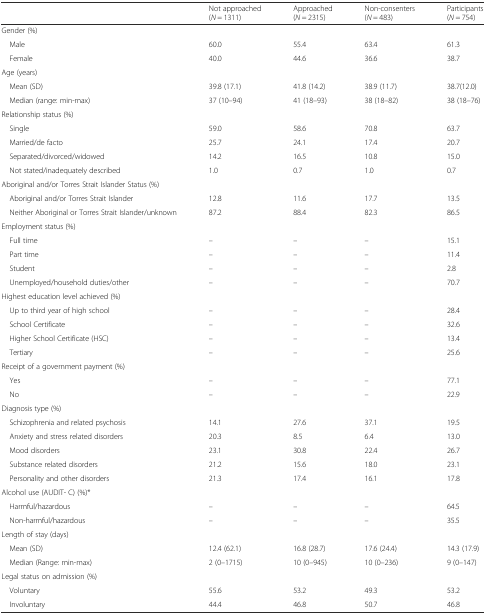
<table><thead><tr><td></td><td><b>Not approached (<i>N</i> = 1311)</b></td><td><b>Approached (<i>N</i> = 2315)</b></td><td><b>Non-consenters (<i>N</i> = 483)</b></td><td><b>Participants (<i>N</i> = 754)</b></td></tr></thead><tbody><tr><td colspan="5">Gender (%)</td></tr><tr><td> Male</td><td>60.0</td><td>55.4</td><td>63.4</td><td>61.3</td></tr><tr><td> Female</td><td>40.0</td><td>44.6</td><td>36.6</td><td>38.7</td></tr><tr><td colspan="5">Age (years)</td></tr><tr><td> Mean (SD)</td><td>39.8 (17.1)</td><td>41.8 (14.2)</td><td>38.9 (11.7)</td><td>38.7(12.0)</td></tr><tr><td> Median (range: min-max)</td><td>37 (10–94)</td><td>41 (18–93)</td><td>38 (18–82)</td><td>38 (18–76)</td></tr><tr><td colspan="5">Relationship status (%)</td></tr><tr><td> Single</td><td>59.0</td><td>58.6</td><td>70.8</td><td>63.7</td></tr><tr><td> Married/de facto</td><td>25.7</td><td>24.1</td><td>17.4</td><td>20.7</td></tr><tr><td> Separated/divorced/widowed</td><td>14.2</td><td>16.5</td><td>10.8</td><td>15.0</td></tr><tr><td> Not stated/inadequately described</td><td>1.0</td><td>0.7</td><td>1.0</td><td>0.7</td></tr><tr><td colspan="5">Aboriginal and/or Torres Strait Islander Status (%)</td></tr><tr><td> Aboriginal and/or Torres Strait Islander</td><td>12.8</td><td>11.6</td><td>17.7</td><td>13.5</td></tr><tr><td> Neither Aboriginal or Torres Strait Islander/unknown</td><td>87.2</td><td>88.4</td><td>82.3</td><td>86.5</td></tr><tr><td colspan="5">Employment status (%)</td></tr><tr><td> Full time</td><td>–</td><td>–</td><td>–</td><td>15.1</td></tr><tr><td> Part time</td><td>–</td><td>–</td><td>–</td><td>11.4</td></tr><tr><td> Student</td><td>–</td><td>–</td><td>–</td><td>2.8</td></tr><tr><td> Unemployed/household duties/other</td><td>–</td><td>–</td><td>–</td><td>70.7</td></tr><tr><td colspan="5">Highest education level achieved (%)</td></tr><tr><td> Up to third year of high school</td><td>–</td><td>–</td><td>–</td><td>28.4</td></tr><tr><td> School Certificate</td><td>–</td><td>–</td><td>–</td><td>32.6</td></tr><tr><td> Higher School Certificate (HSC)</td><td>–</td><td>–</td><td>–</td><td>13.4</td></tr><tr><td> Tertiary</td><td>–</td><td>–</td><td>–</td><td>25.6</td></tr><tr><td colspan="5">Receipt of a government payment (%)</td></tr><tr><td> Yes</td><td>–</td><td>–</td><td>–</td><td>77.1</td></tr><tr><td> No</td><td>–</td><td>–</td><td>–</td><td>22.9</td></tr><tr><td colspan="5">Diagnosis type (%)</td></tr><tr><td> Schizophrenia and related psychosis</td><td>14.1</td><td>27.6</td><td>37.1</td><td>19.5</td></tr><tr><td> Anxiety and stress related disorders</td><td>20.3</td><td>8.5</td><td>6.4</td><td>13.0</td></tr><tr><td> Mood disorders</td><td>23.1</td><td>30.8</td><td>22.4</td><td>26.7</td></tr><tr><td> Substance related disorders</td><td>21.2</td><td>15.6</td><td>18.0</td><td>23.1</td></tr><tr><td> Personality and other disorders</td><td>21.3</td><td>17.4</td><td>16.1</td><td>17.8</td></tr><tr><td colspan="5">Alcohol use (AUDIT- C) (%)*</td></tr><tr><td> Harmful/hazardous</td><td>–</td><td>–</td><td>–</td><td>64.5</td></tr><tr><td> Non-harmful/hazardous</td><td>–</td><td>–</td><td>–</td><td>35.5</td></tr><tr><td colspan="5">Length of stay (days)</td></tr><tr><td> Mean (SD)</td><td>12.4 (62.1)</td><td>16.8 (28.7)</td><td>17.6 (24.4)</td><td>14.3 (17.9)</td></tr><tr><td> Median (Range: min-max)</td><td>2 (0–1715)</td><td>10 (0–945)</td><td>10 (0–236)</td><td>9 (0–147)</td></tr><tr><td colspan="5">Legal status on admission (%)</td></tr><tr><td> Voluntary</td><td>55.6</td><td>53.2</td><td>49.3</td><td>53.2</td></tr><tr><td> Involuntary</td><td>44.4</td><td>46.8</td><td>50.7</td><td>46.8</td></tr></tbody></table>